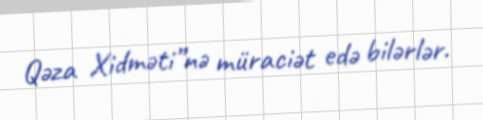
Qəza Xidməti”nə müraciət edə bilərlər.